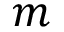
m